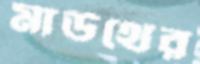
মাউথের